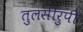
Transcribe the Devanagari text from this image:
तुलसीरुपी